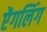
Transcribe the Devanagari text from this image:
ऐंगलिंग